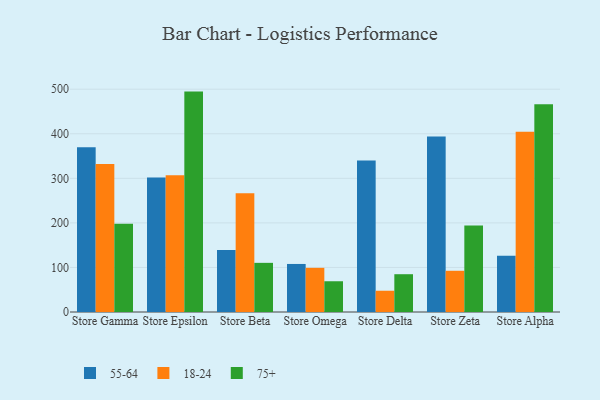
{"axis": {"x": "Store", "y": "Waste Production (Tons)"}, "legend": ["18-24", "55-64", "75+"], "data": [{"x": "Store Gamma", "y": 369.6, "type": "55-64"}, {"x": "Store Gamma", "y": 332.3, "type": "18-24"}, {"x": "Store Gamma", "y": 197.9, "type": "75+"}, {"x": "Store Epsilon", "y": 301.6, "type": "55-64"}, {"x": "Store Epsilon", "y": 306.8, "type": "18-24"}, {"x": "Store Epsilon", "y": 494.6, "type": "75+"}, {"x": "Store Beta", "y": 139.4, "type": "55-64"}, {"x": "Store Beta", "y": 266.6, "type": "18-24"}, {"x": "Store Beta", "y": 110.3, "type": "75+"}, {"x": "Store Omega", "y": 107.8, "type": "55-64"}, {"x": "Store Omega", "y": 99.1, "type": "18-24"}, {"x": "Store Omega", "y": 69.0, "type": "75+"}, {"x": "Store Delta", "y": 340.1, "type": "55-64"}, {"x": "Store Delta", "y": 47.7, "type": "18-24"}, {"x": "Store Delta", "y": 84.8, "type": "75+"}, {"x": "Store Zeta", "y": 393.8, "type": "55-64"}, {"x": "Store Zeta", "y": 92.5, "type": "18-24"}, {"x": "Store Zeta", "y": 194.3, "type": "75+"}, {"x": "Store Alpha", "y": 126.4, "type": "55-64"}, {"x": "Store Alpha", "y": 404.5, "type": "18-24"}, {"x": "Store Alpha", "y": 466.0, "type": "75+"}]}